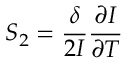
S _ { 2 } = \frac { \delta } { 2 I } \frac { \partial I } { \partial T }